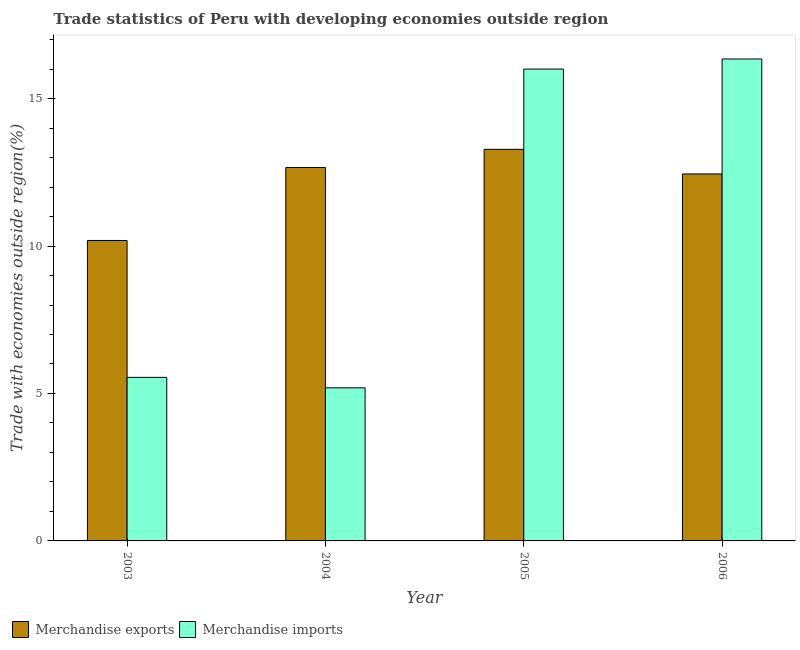
| Year | Merchandise exports | Merchandise imports |
 | --- | --- | --- |
 | 2003 | 10.2 | 5.55 |
 | 2004 | 12.7 | 5.19 |
 | 2005 | 13.3 | 16 |
 | 2006 | 12.4 | 16.3 |